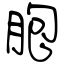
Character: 胞